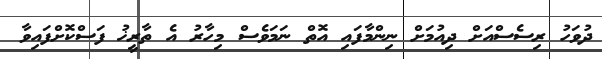
ދުވަހު ރިސެސްއަށް ދިއުމަށް ނިންމާފައި އޮތް ނަމަވެސް މިހާރު އެ ތާރީޚު ފަސްކޮށްފައިވާ